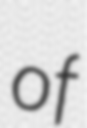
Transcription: of